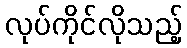
လုပ်ကိုင်လိုသည့်